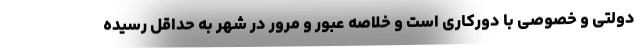
دولتی و خصوصی با دورکاری است و خلاصه عبور و مرور در شهر به حداقل رسیده